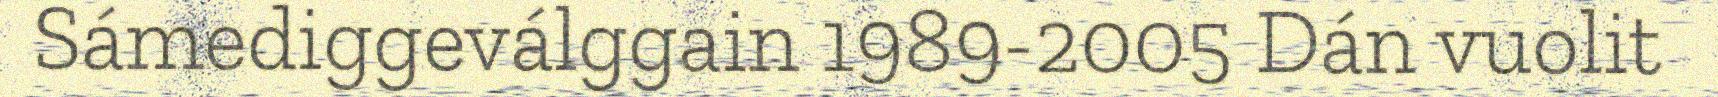
Sámediggeválggain 1989-2005 Dán vuolit